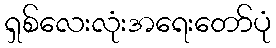
ရှစ်လေးလုံးအရေးတော်ပုံ